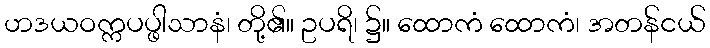
ဟဒယဝက္ကပပ္ဖါသာနံ၊ တို့၏။ ဥပရိ၊ ၌။ ထောကံ ထောကံ၊ အတန်ငယ်